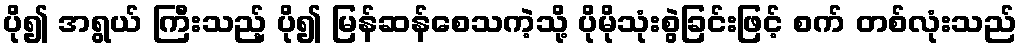
ပို၍ အရွယ် ကြီးသည့် ပို၍ မြန်ဆန်စေသကဲ့သို့ ပိုမိုသုံးစွဲခြင်းဖြင့် စက် တစ်လုံးသည်